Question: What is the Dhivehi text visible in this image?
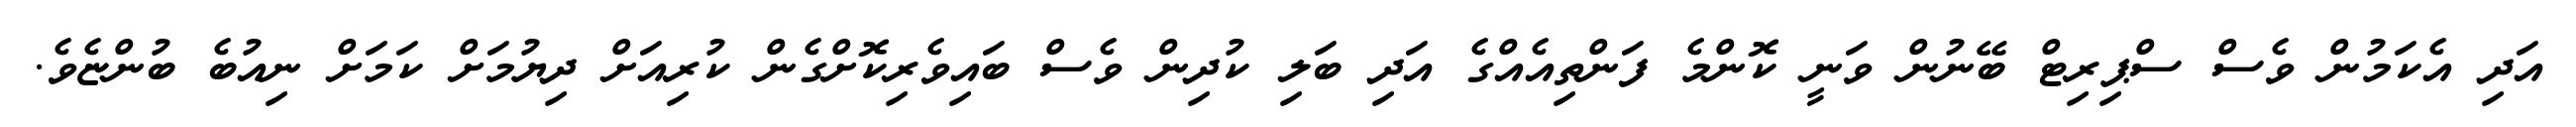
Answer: އަދި އެކަމުން ވެސް ސްޕިރިޓް ބޭނުން ވަނީ ކޮންމެ ފަންތިއެއްގެ އަދި ބަލި ކުދިން ވެސް ބައިވެރިކޮށްގެން ކުރިއަށް ދިޔުމަށް ކަމަށް ނިއުބެ ބުންޏެވެ.